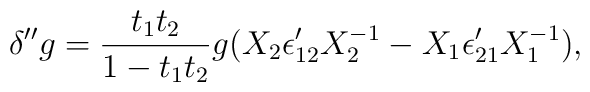
\delta'' g = {t_1 t_2\over 1- t_1 t_2 } g(X_2 \epsilon'_{12} X_2^{-1} - X_1 \epsilon'_{21}X_1^{-1}),